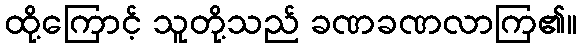
ထို့ကြောင့် သူတို့သည် ခဏခဏလာကြ၏။